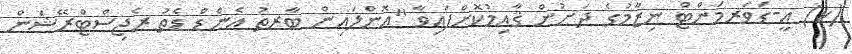
(ކ) އީ-ގަވަރމަންޓް ނިޒާމުގެ ދަށުން ޤާއިމުކޮށްފައިވާ "އޮންލައިން ބާރތު އެންޑް ޑެތު ރެޖިސްޓްރޭޝަން